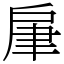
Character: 肁